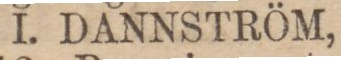
I. DANNSTRÖM,